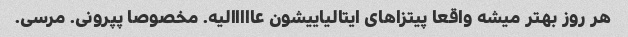
هر روز بهتر میشه واقعا پیتزاهای ایتالیاییشون عااااالیه. مخصوصا پپرونی. مرسی.